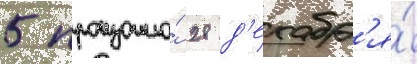
5 произошло́ 28 д'екабр'я́